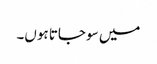
میں سو جاتا ہوں۔